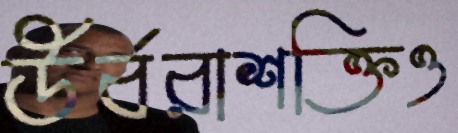
উর্বরাশক্তিও